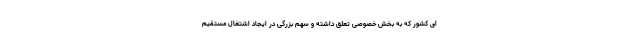
ای کشور که به بخش خصوصی تعلق داشته و سهم بزرگی در ایجاد اشتغال مستقیم